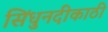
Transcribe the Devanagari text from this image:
सिंधुनदीकाठी